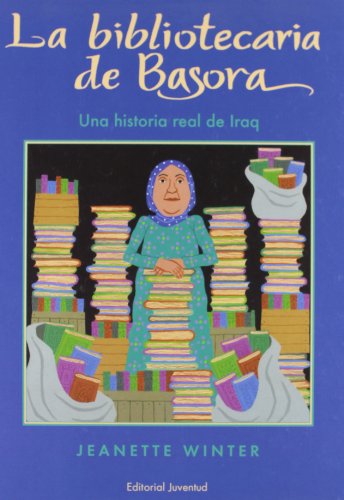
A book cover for La bibliotecaria de Basora/ The Librarian of Basra: Una Historia Real De Iraq (Spanish Edition); Jeanette Winter; Children's Books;